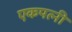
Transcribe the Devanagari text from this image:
एकपत्नी